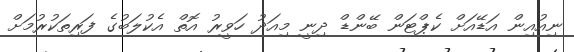
ނިއުއިން އަޑޭއަށް ކެޕްޓަން ބޭންޑް ދިނީ މިއަދު ހަވީރު އޮތް އެކުލަބުގެ ފަރިތަކުރުމަށް